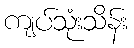
ကျပ်သုံးသိန်း